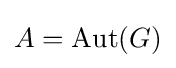
A=\operatorname {Aut} (G)